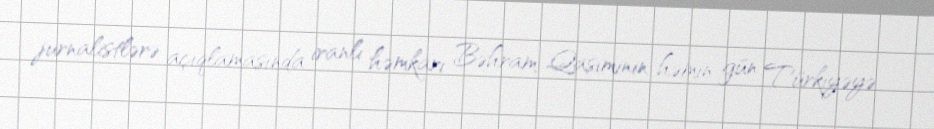
jurnalistlərə açıqlamasında iranlı həmkarı Bəhram Qasiminin həmin gün Türkiyəyə